Kominterni_Eesti_sektsioon_Moskvas, lk 3
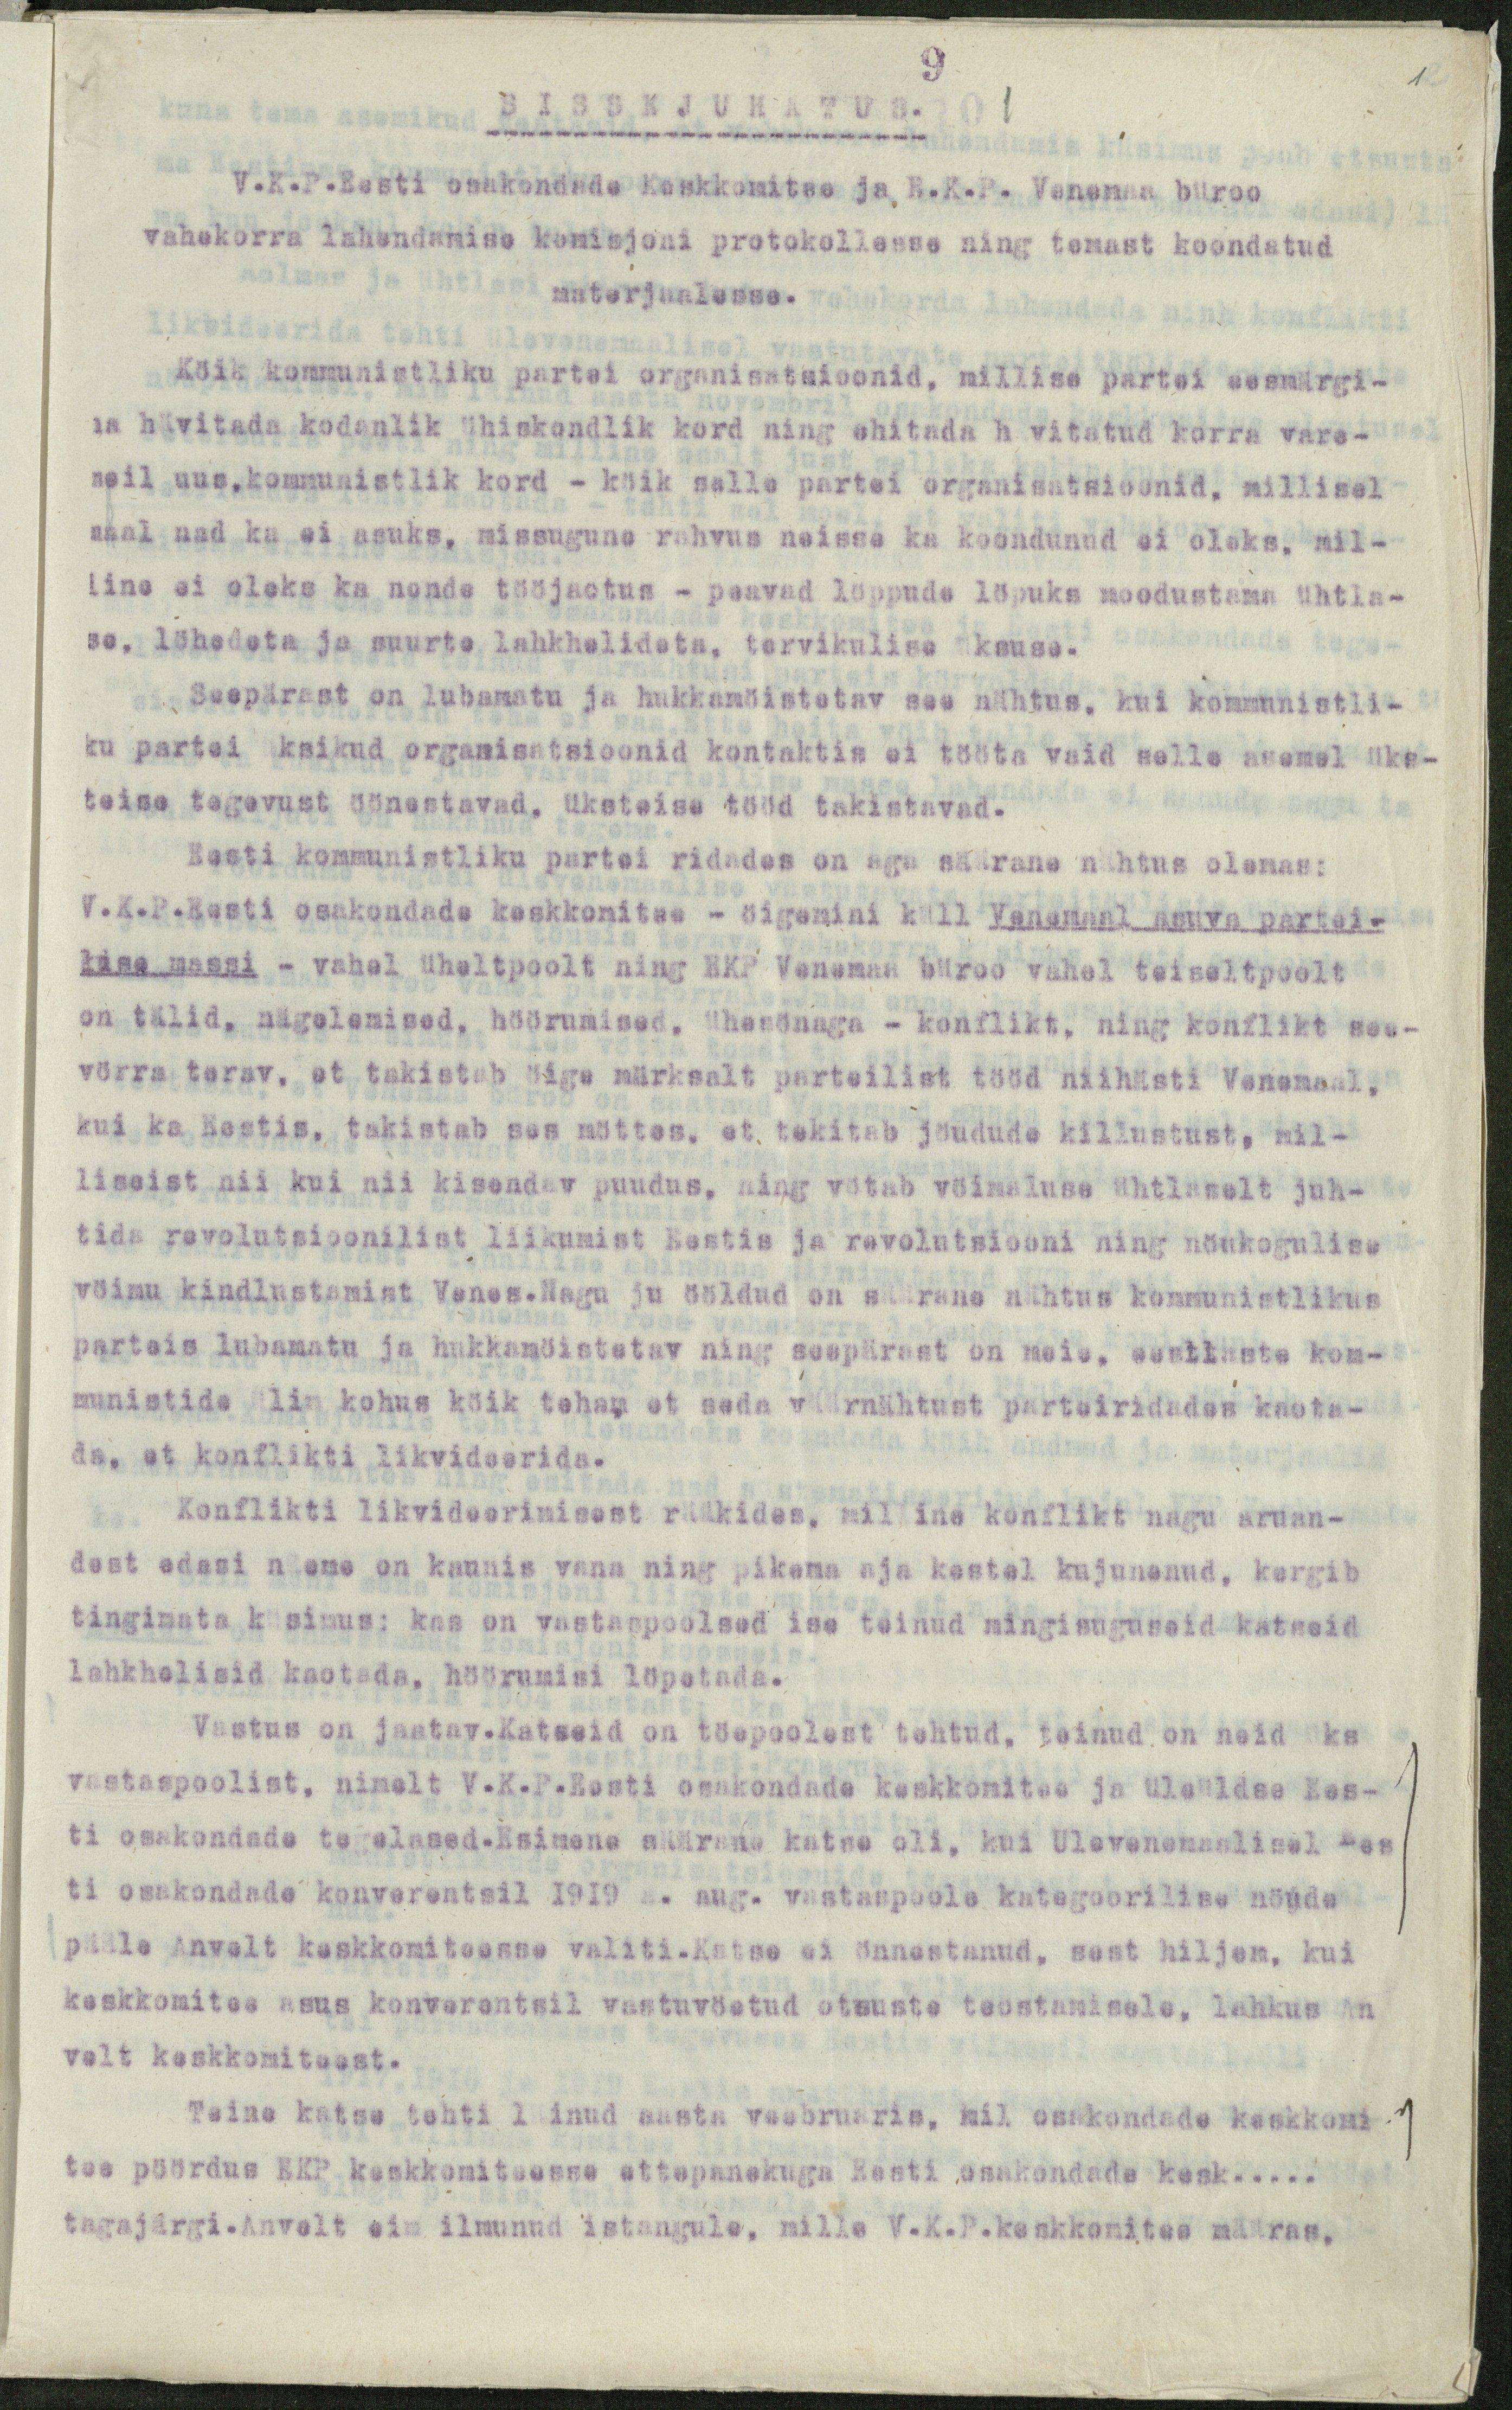
9
SISSEJUHATUS.
1
V.K.P.Eesti osakondade Keskkomitee ja E.K.P. Venemaa büroo
vahekorra lahendamise komisjoni protokollesse ning temast koondatud
materjaalesse.
Köik kommunistliku partei organisatsioonid, millise partei eesmärgi-
ja hävitada kodanlik ühiskondlik kord ning ehitada hävitatud korra vare-
meil uus, kommunistlik kord - köik selle partei organisatsioonid, millisel
maal nad ka ei asuks, missugune rahvus neisse ka koondunud ei oleks, mil-
line ei oleks ka nonde tööjaotus - peavad löppude löpuks moodustama ühtla-
se, löhedeta ja suurte lahkhelidata, tervikulise üksuse.
Seepärast on lubamatu ja hukkamöistetav see nähtus, kui kommunistli-
ku partei üksikud organisatsioonid kontaktis ei tööta vaid selle asemel üks-
teise tegevust öönestavad, üksteise tööd takistavad.
Eesti kommunistliku partei ridades on aga säärane nähtus olemas:
V.K.P.Eesti osakondade keskkomitee - öigemini küll Venemaal asuva partei-
lise massi - vahel üheltpoolt ning EKP Venemaa büroo vahel teiseltpoolt
on tälid, nägelemised, höörumised, ühesönaga - konflikt, ning konflikt see-
vörra terav, et takistab öige märksalt parteilist tööd niihästi Vanemaal,
kui ka Eestis, takistab ses möttes, et tekitab jöudude killustust, mil-
liseist nii kui nii kisendav puudus, ning vötab vöimaluse ühtlaselt juh-
tida revolutsioonilist liikumist Eestis ja revolutsiooni ning nöukogulise
vöimu kindlustamist Venes.Nagu ju ööldud on säärane nähtus kommunistlikus
parteis lubamatu ja hukkamöistetav ning seepärast on meie, eestlaste kom-
munistide ülim kohus köik teha, et seda väärnähtust parteiridades kaota-
da, et konflikti likvideerida.
Konflikti likvideerimisest rääkides, milline konflikt nagu aruan-
dest edasi näeme on kaunis vana ning pikema aja kestal kujunenud, kergib
tingimata küsimus: kas on vastaspoolsed ise teinud mingisuguseid katseid
lahkhelisid kaotada, höörumisi löpetada.
Vastus on jaatav.Katseid on töepoolest tehtud, teinud on neid üks
vastaspoolist, nimelt V.K.P.Eesti osakondade keskkomitee ja üleüldse Ees-
ti osakondade tegelased.Esimene säärane katse oli, kui Ülevenemaalisel Ees
ti osakondade konverentsil 1919 a. aug. vastaspoole kategoorilise nöude
pääle Anvelt keskkomiteesse valiti.Katse ei önnestanud, sest hiljem, kui
keskkomitee asus konverentsil vastuvöetud otsuste teostamisele, lahkus An
velt keskkomiteest.
Teine katse tehti läinud aasta veebruaris, mil osakondade keskkomi-
tee pöördus EKP keskkomiteesse ettepanekuga Eesti osakondade kesk.....
tagajärgi.Anvelt eim ilmunud istangule, mille V.K.P.keskkomitee määras,